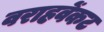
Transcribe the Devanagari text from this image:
वराहवेंकट